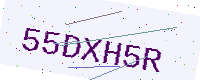
Text: 55DXH5R